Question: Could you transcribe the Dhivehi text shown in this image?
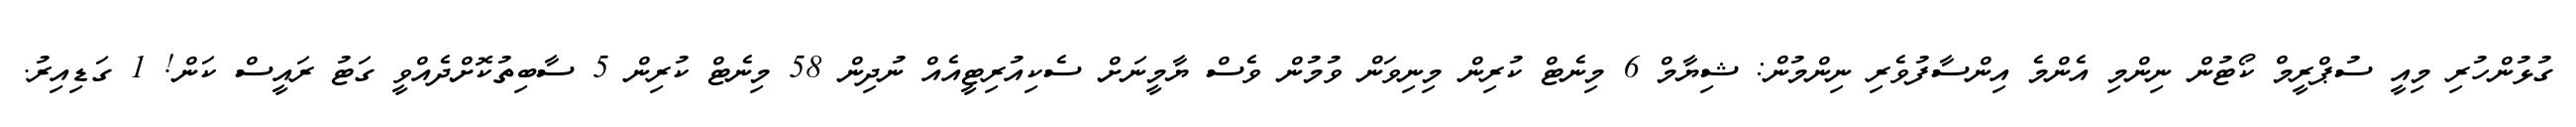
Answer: ގުޅުންހުރި މިއީ ސުޕްރީމް ކޯޓުން ނިންމި އެންމެ އިންސާފުވެރި ނިންމުން: ޝިޔާމް 6 މިނެޓް ކުރިން މިނިވަން ވުމުން ވެސް ޔާމީނަށް ސެކިއުރިޓީއެއް ނުދިން 58 މިނެޓް ކުރިން 5 ސާބިތުކޮށްދެއްވީ ގަޓު ރައީސް ކަން! 1 ގަޑިއިރު.